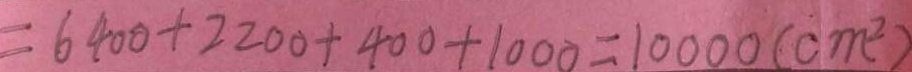
= 6 4 0 0 + 2 2 0 0 + 4 0 0 + 1 0 0 0 = 1 0 0 0 0 ( c m ^ { 2 } )